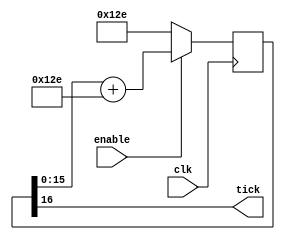
module BaudTickGen_3(
	input clk, enable,
	output tick  
);
parameter ClkFrequency = 25000000;
parameter Baud = 115200;
parameter Oversampling = 1;
function integer log2(input integer v); begin log2=0; while(v>>log2) log2=log2+1; end endfunction
localparam AccWidth = log2(ClkFrequency/Baud)+8;  
reg [AccWidth:0] Acc = 0;
localparam ShiftLimiter = log2(Baud*Oversampling >> (31-AccWidth));  
localparam Inc = ((Baud*Oversampling << (AccWidth-ShiftLimiter))+(ClkFrequency>>(ShiftLimiter+1)))/(ClkFrequency>>ShiftLimiter);
always @(posedge clk) if(enable) Acc <= Acc[AccWidth-1:0] + Inc[AccWidth:0]; else Acc <= Inc[AccWidth:0];
assign tick = Acc[AccWidth];
endmodule